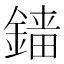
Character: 𨪲